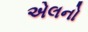
એલનો